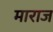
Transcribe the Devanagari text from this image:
माराज